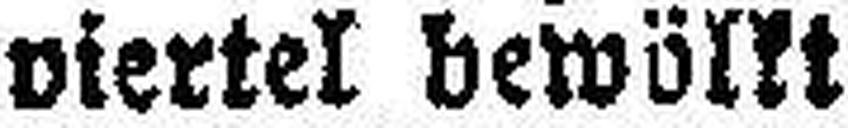
viertel bewölkt